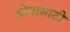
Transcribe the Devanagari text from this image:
होमासाठी